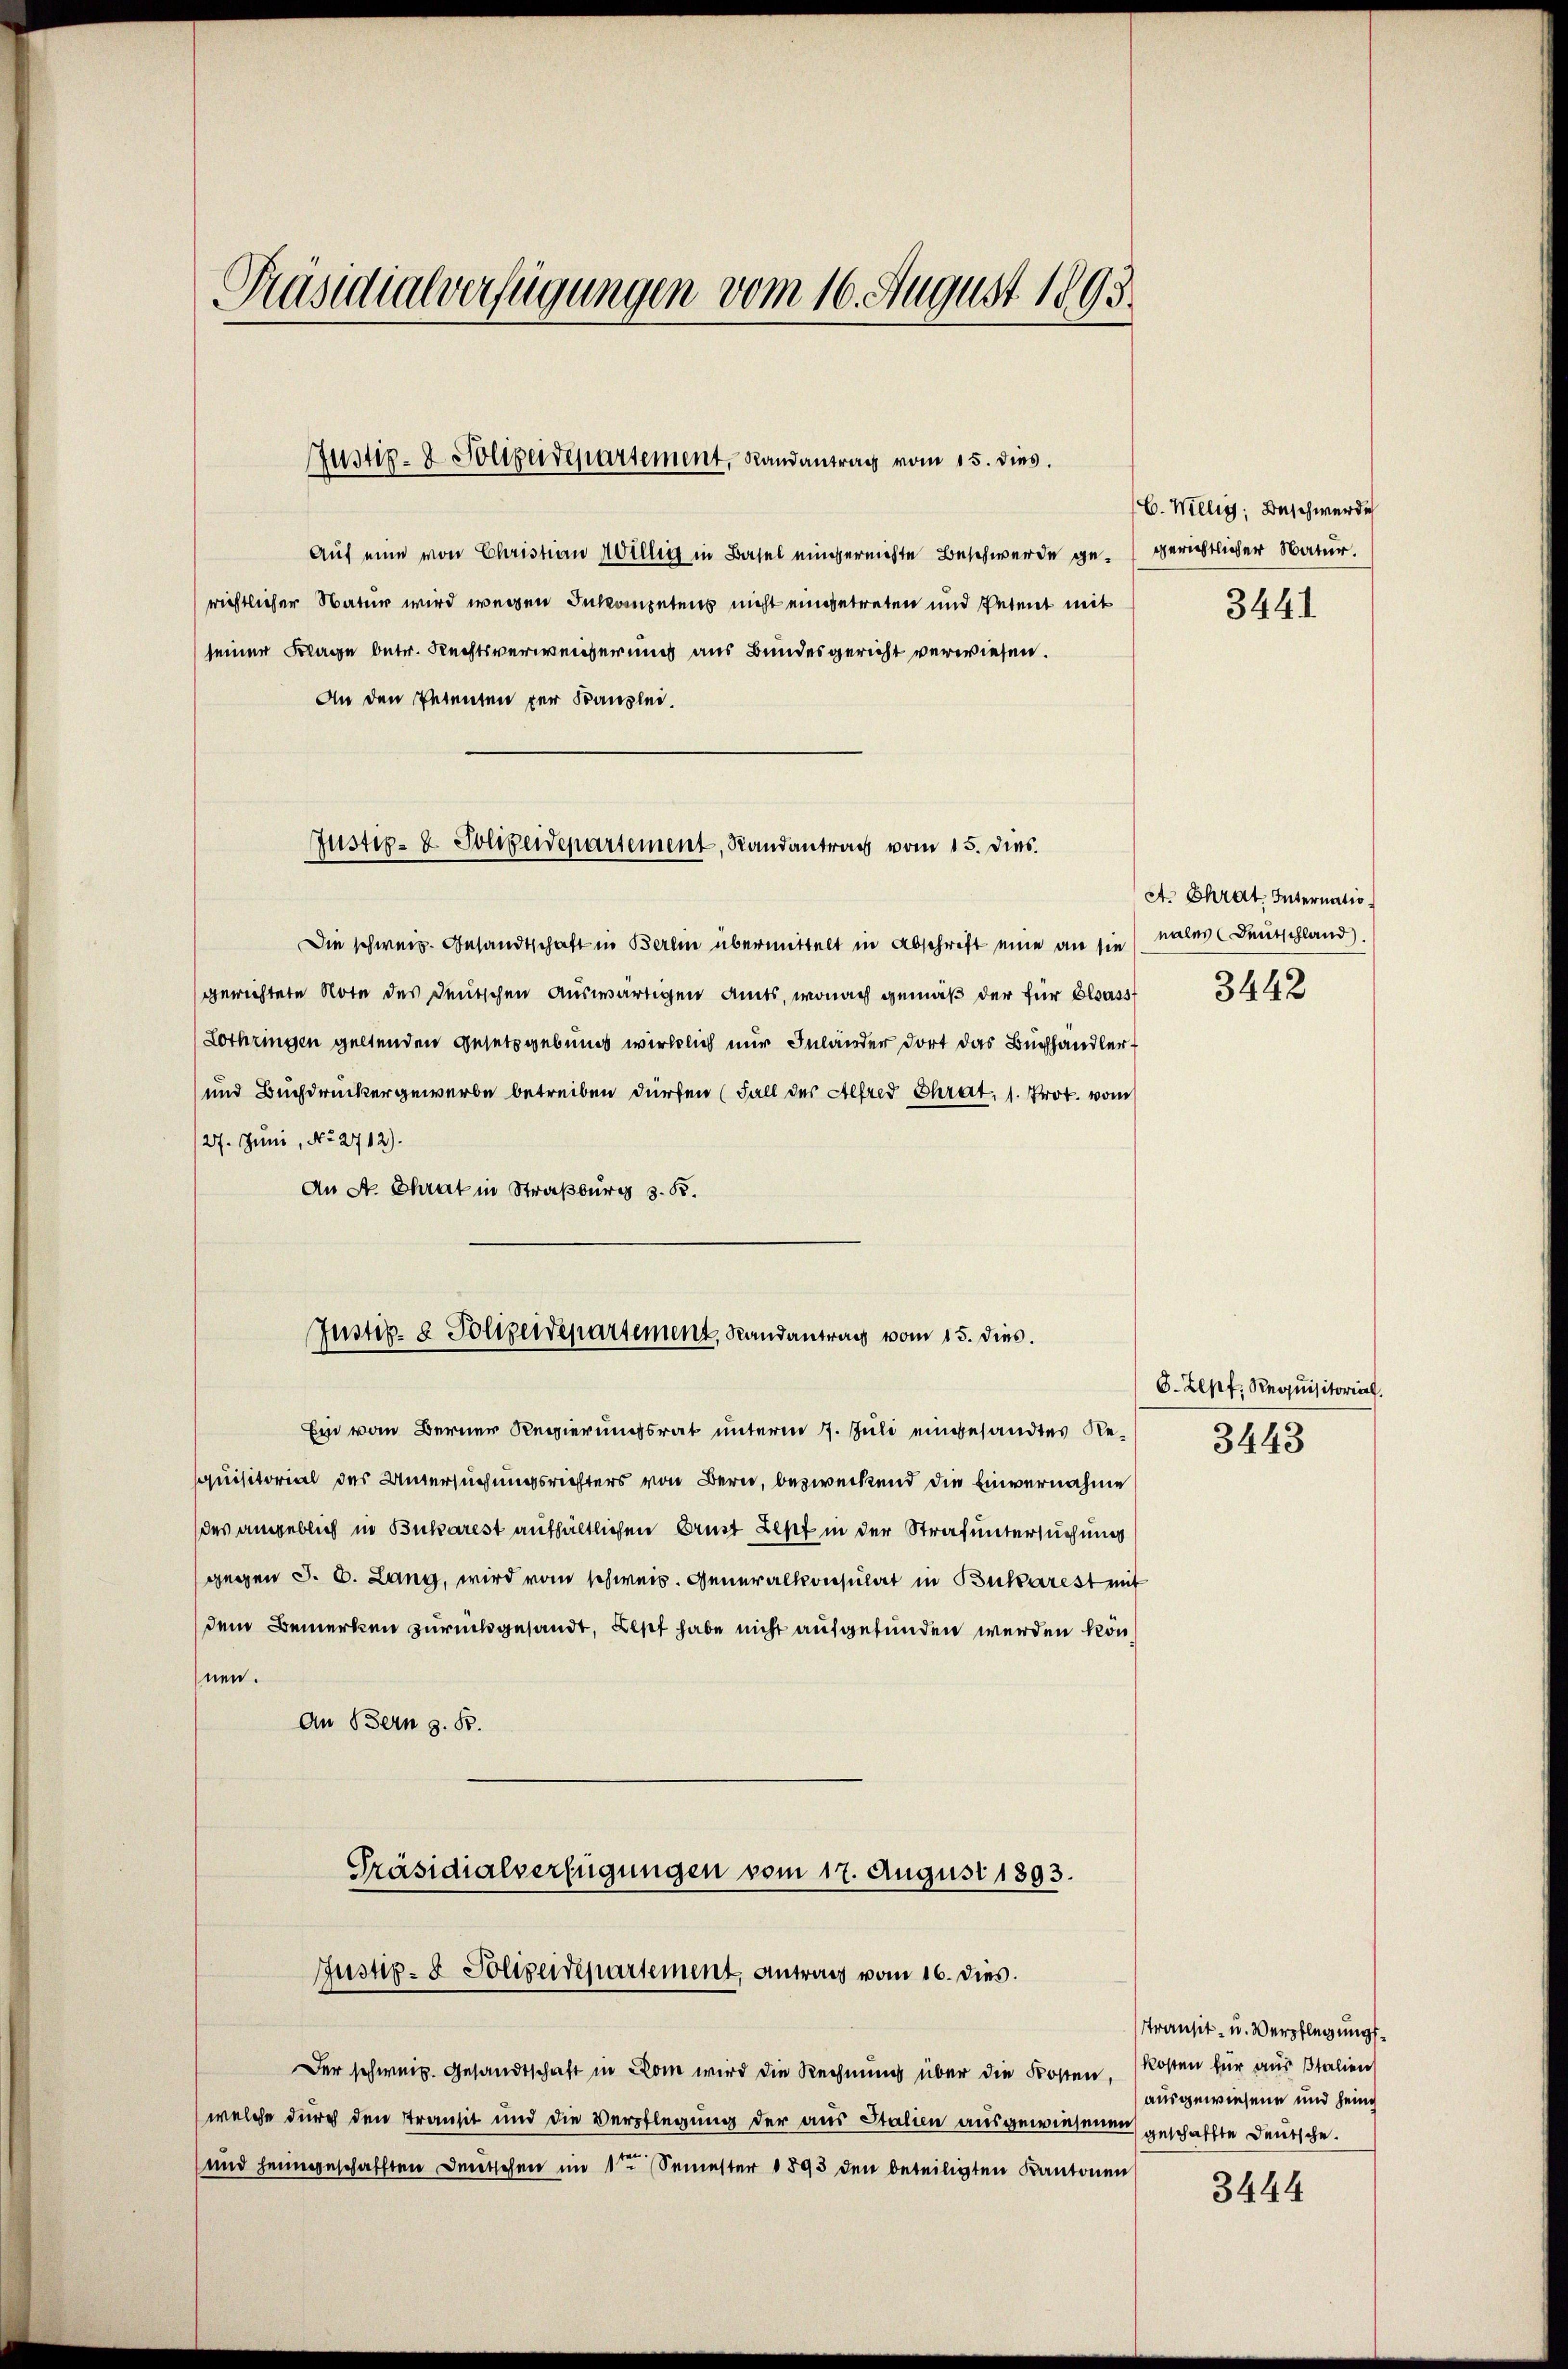
Präsidialverfügungen vom 16. August 1893

Justiz- & Polizeidepartement, Randantrag vom 15. dies.

Auf eine von Christian Willig in Basel einvernichte Beschwerde gerichtlicher Natur wird wegen Inkompetens nicht eingetreten und Petent mit
seiner Klage betr. Rechtsverweisserung aus Bundesgericht verwiesen.
An den Petenten für Kanzlei.
Die schweiz. Gesandtschaft in Berlin übermittelt in Abschrift eine an sie (nales Deutschland.
gerichtete Note des Deutschen auswärtigen Amts, wonach gemäß der für Elsass
Lothringen geltenden Gesetzgebung wirklich nur Inländer dort das Buchhandler
und Buchdruckergewerbe betreiben dürfen (Fall der Alfred Chrat, 1. Prot. vom
/27. Juni, No. 2712).
An A. Chrak in Straßburg z. B.
Ein vom Berner Regierungsrat unterm 7. Juli eingesandtes Requisitorial des Untersuchungsrichters von Bern, bezweckend die Einvernahme
des angeblich in Bukarest aufhältlichen Aust Sept in der Strafuntersuchung
gegen J. C. Lang, wird vom schweiz. Generalkonsulat in Bukarest mit
dem Bemerken zurückgesandt, Bist habe nicht aufgefunden werden könhnen.
An Bern z. B.
Präsidialverfügungen vom 17. August 1893.
Justiz- & Polizeidepartement, antrag vom 16. dies.
Der schweiz. Gesandtschaft in Rom wird die Rechnung über die Kosten. Kosten für aus Italien
welche durch den Transit und die Verpflegung der aus Italien ausgewiesenen geschaffte Deutsche
und heimgeschafften Deutschen im 1ten Semester 1893 den beteiligten Kantonen

Justiz- & Polizeidepartement, Randantrag vom 15. dies

Justiz- & Polizendepartement, Randantrag vom 15. dies.

C. Willig, Beschwerde
gerichtlicher Natur.

3441

ct. Chrat. Internatio
3442

G.Zepf Requisitorial
3443

transit- u. Verpflegungsausgewiesene und heim

3444